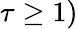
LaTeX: \tau\geq 1)